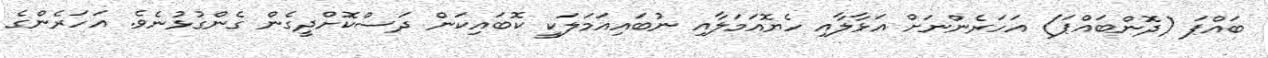
ބައްޕަ (ދޮންބައްޕަ) އަހަރެންނަށް އަޅާލާއި ހެޔޮއަމަލާއި ނުބައިއަމަލަކީ ކޮބައިކަން ދަސްކޮށްދީގެން ގެންގުޅުނެވެ. އަހަރެންގެ